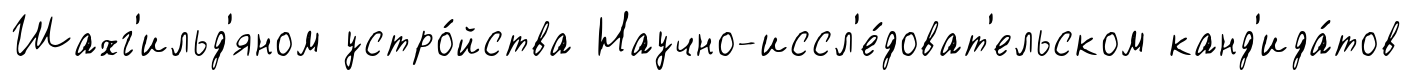
Шахг'ильд'яном устро́йства Научно-иссл'е́доват'ельском канд'ида́тов